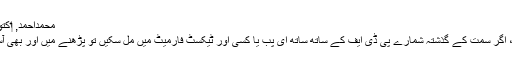
محمداحمد, ‏اکتوبر 1, 2018
اعجاز صاحب، اگر سمت کے گذشتہ شمارے پی ڈی ایف کے ساتھ ساتھ ای پب یا کسی اور ٹیکسٹ فارمیٹ میں مل سکیں تو پڑھنے میں اور بھی آسانی رہے گی۔